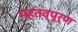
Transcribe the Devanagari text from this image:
महतव्पूर्ण